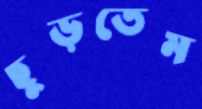
ছুড়তেম